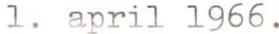
1. april 1966.